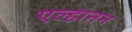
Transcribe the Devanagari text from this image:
एल्हानन